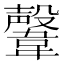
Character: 𩏜